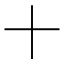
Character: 十